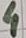
Text: 4